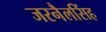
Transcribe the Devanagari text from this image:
जरनैलसिंह